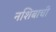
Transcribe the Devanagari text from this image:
नशिबाची